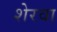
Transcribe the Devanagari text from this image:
शेरवा